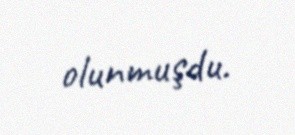
olunmuşdu.